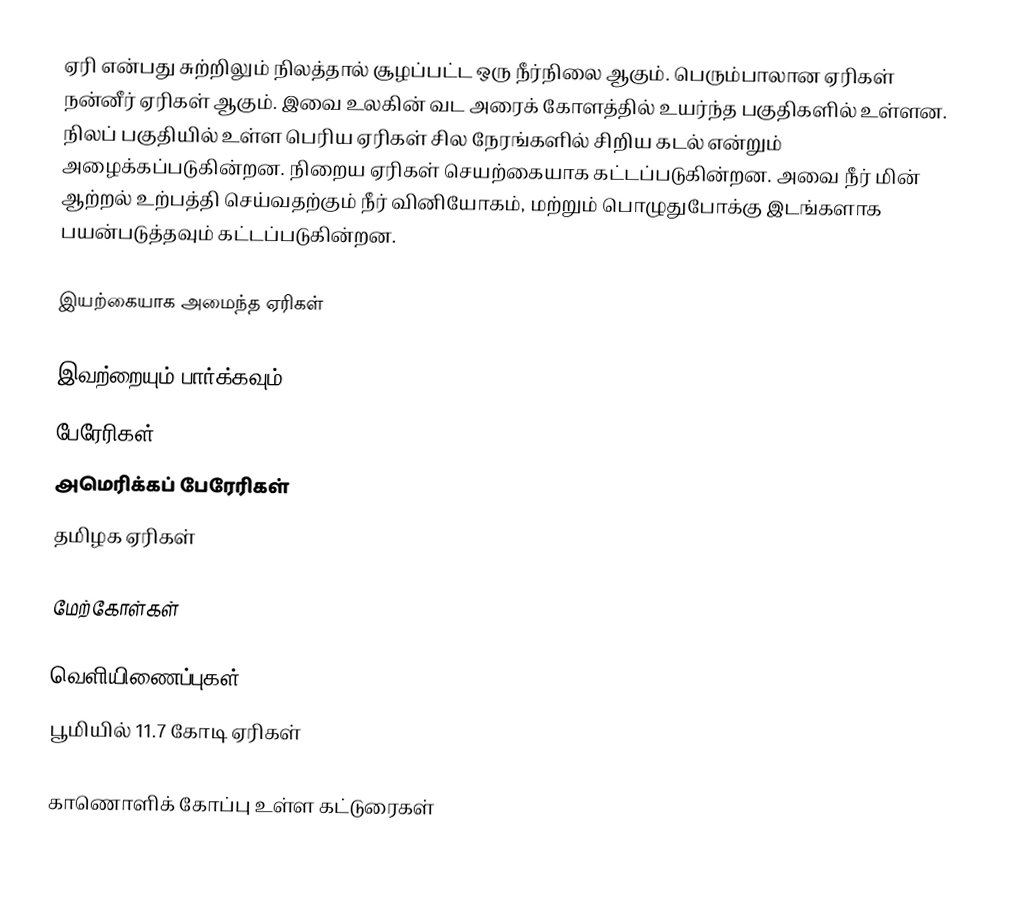
ஏரி என்பது சுற்றிலும் நிலத்தால் சூழப்பட்ட ஒரு நீர்நிலை ஆகும். பெரும்பாலான ஏரிகள் நன்னீர் ஏரிகள் ஆகும். இவை உலகின் வட அரைக் கோளத்தில் உயர்ந்த பகுதிகளில் உள்ளன. நிலப் பகுதியில் உள்ள பெரிய ஏரிகள் சில நேரங்களில் சிறிய கடல் என்றும் அழைக்கப்படுகின்றன. நிறைய ஏரிகள் செயற்கையாக கட்டப்படுகின்றன. அவை நீர் மின் ஆற்றல் உற்பத்தி செய்வதற்கும் நீர் வினியோகம், மற்றும் பொழுதுபோக்கு இடங்களாக பயன்படுத்தவும் கட்டப்படுகின்றன.

இயற்கையாக அமைந்த ஏரிகள்

இவற்றையும் பார்க்கவும்
 பேரேரிகள்
 அமெரிக்கப் பேரேரிகள்
 தமிழக ஏரிகள்

மேற்கோள்கள்

வெளியிணைப்புகள்
பூமியில் 11.7 கோடி ஏரிகள்

காணொளிக் கோப்பு உள்ள கட்டுரைகள்